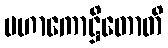
မဟာကောဋ္ဌိတောတိ